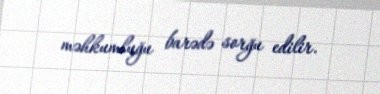
məhkumluğu barədə sorğu edilir.